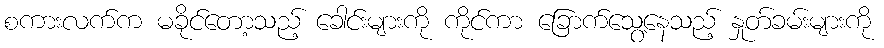
စကားလက်က မခိုင်တော့သည့် ခေါင်းများကို ကိုင်ကာ ခြောက်သွေ့နေသည့် နှုတ်ခမ်းများကို